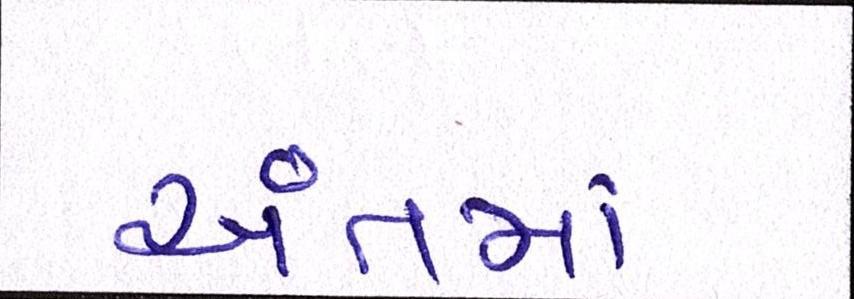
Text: અંતમાં